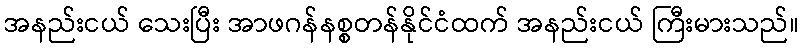
အနည်းငယ် သေးပြီး အာဖဂန်နစ္စတန်နိုင်ငံထက် အနည်းငယ် ကြီးမားသည်။